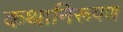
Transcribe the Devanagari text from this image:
कथानिरूपण